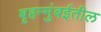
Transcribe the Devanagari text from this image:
बृहन्मुंबईतील